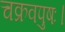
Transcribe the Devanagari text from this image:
चक्रवपुषः।